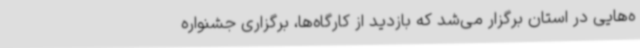
ه‌هایی در استان برگزار می‌شد که بازدید از کارگاه‌ها، برگزاری جشنواره